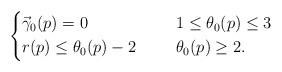
LaTeX: \begin{align*}\left\{\begin{alignedat}{2}&\vec{\gamma}_0(p)=0\qquad&&\;\, 1\leq \theta_0(p)\leq 3\\&r(p)\leq \theta_0(p)-2\qquad&&\;\, \theta_0(p)\geq 2.\end{alignedat}\right.\end{align*}